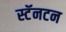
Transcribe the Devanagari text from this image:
स्टॅनटन